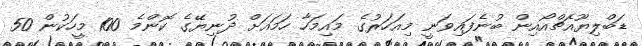
ޑަބްލިޔޫއެޗްއޯއިން ބުނެފައިވަނީ މިއަހަރުގެ މައިމަހާ ހަމައަށް ދުނިޔޭގެ ކޮންމެ 100 މީހަކުން 50